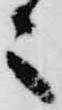
之